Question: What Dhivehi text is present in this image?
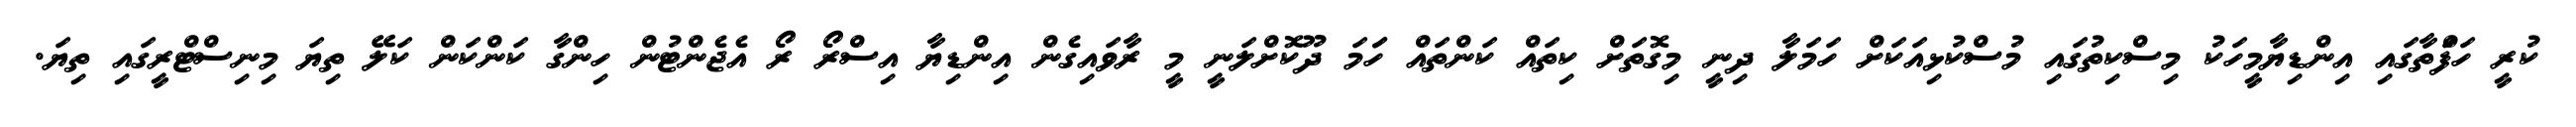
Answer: ކުރީ ހަފަްތާގައި އިންޑިޔާމީހަކު މިސްކިތުގައި މުސްކުޅިއަކަށް ހަމަލާ ދިނީ މިގޮތަށް ކިތައް ކަންތައް ހަަމަ ދޫކޮށްލަނީ މީ ރާވައިގެން އިންޑިޔާ އިސްރޯ ރޯ އެޖެންޓުން ހިންގާ ކަންކަން ކަލޭ ތިޔަ މިނިސްޓްރީގައި ތިޔަ.